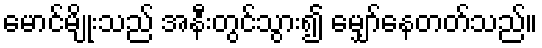
မောင်မျိုးသည် အနီးတွင်သွား၍ မျှော်နေတတ်သည်။